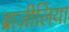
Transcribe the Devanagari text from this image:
ब्राज़ीलिया